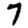
Digit: 7